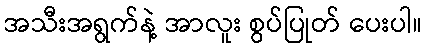
အသီးအရွက်နဲ့ အာလူး စွပ်ပြုတ် ပေးပါ။